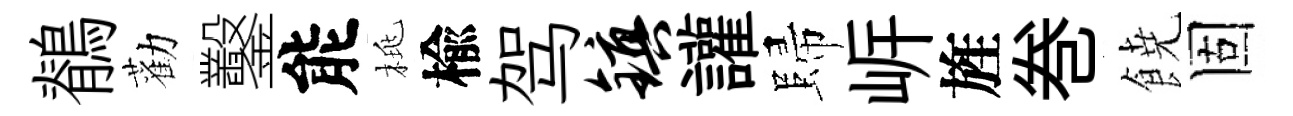
鶺勸鑿能桃楡驾镇讙歸㟁旌巻𩜙固